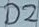
Text: D2